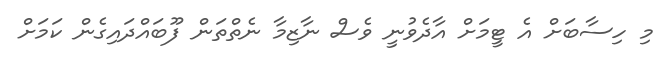
މި ހިސާބަށް އެ ޓީމަށް އާދެވުނީ ވެސް ނާޒިމާ ނެތްތަން ފޫބައްދައިގެން ކަމަށް